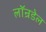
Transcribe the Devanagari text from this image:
लॉन्रडेल